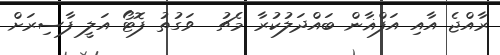
ރާއްޖެ އާއި އަފްޣާން ބައްދަލުކުރާ މެޗު  ވަގުތު ފޮޓޯ އަލީ ފާސިރަށް